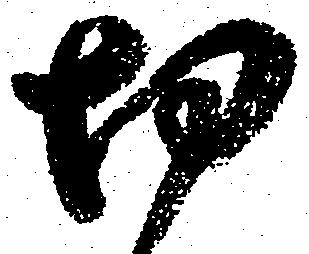
切